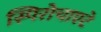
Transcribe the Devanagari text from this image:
स्पिरोचाएटे